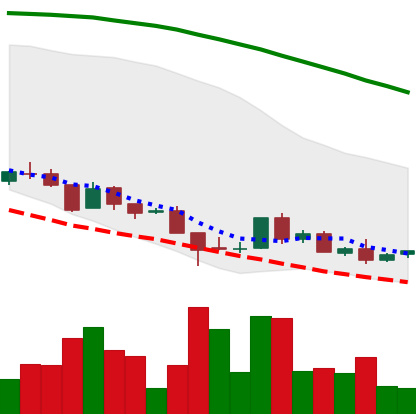
Ticker: ADA-USD
Chart end date: 2018-08-24
Forward return: 12.109%
Label: up_7plus